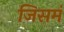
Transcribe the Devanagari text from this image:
जिसमं